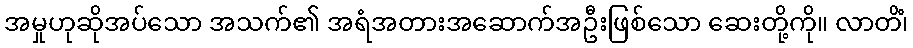
အမှုဟုဆိုအပ်သော အသက်၏ အရံအတားအဆောက်အဦးဖြစ်သော ဆေးတို့ကို။ လာတိံ၊